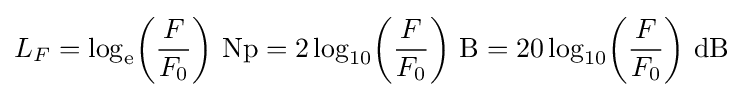
L_{F}=\log _{\mathrm {e} }\!\left({\frac {F}{F_{0}}}\right)\!~\mathrm {Np} =2\log _{10}\!\left({\frac {F}{F_{0}}}\right)\!~\mathrm {B} =20\log _{10}\!\left({\frac {F}{F_{0}}}\right)\!~\mathrm {dB}